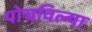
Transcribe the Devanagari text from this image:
पोचविल्या